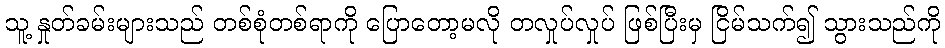
သူ့ နှုတ်ခမ်းများသည် တစ်စုံတစ်ရာကို ပြောတော့မလို တလှုပ်လှုပ် ဖြစ်ပြီးမှ ငြိမ်သက်၍ သွားသည်ကို